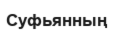
Суфьянның